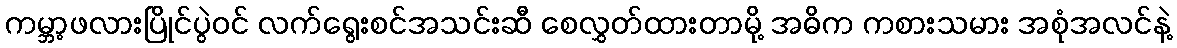
ကမ္ဘာ့ဖလားပြိုင်ပွဲဝင် လက်ရွေးစင်အသင်းဆီ စေလွှတ်ထားတာမို့ အဓိက ကစားသမား အစုံအလင်နဲ့